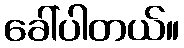
ခေါ်ပါတယ်။